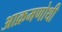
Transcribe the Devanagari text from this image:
आक्रमणोथी